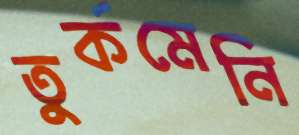
তুর্কমেনি